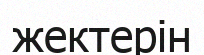
жектерін